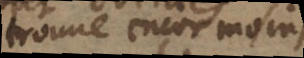
trouve encor moins